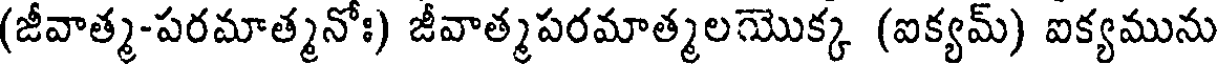
(జీవాత్మ-పరమాత్మనోః) జీవాత్మపరమాత్మలయొక్క (ఐక్యమ్) ఐక్యమును